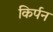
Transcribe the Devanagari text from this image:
किर्पन